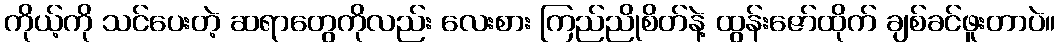
ကိုယ့်ကို သင်ပေးတဲ့ ဆရာတွေကိုလည်း လေးစား ကြည်ညိုစိတ်နဲ့ ထွန်းဇော်ထိုက် ချစ်ခင်ဖူးတာပဲ။